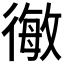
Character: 𭛿